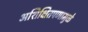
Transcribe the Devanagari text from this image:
अशिक्षितपणामुळे